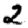
Digit: 2